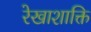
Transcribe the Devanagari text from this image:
रेखाशाक्ति